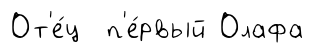
От'е́ц п'е́рвый Олафа